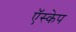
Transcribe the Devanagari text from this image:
ऍस्केप